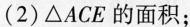
2)\triangle ACE的面积；